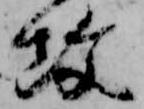
攻